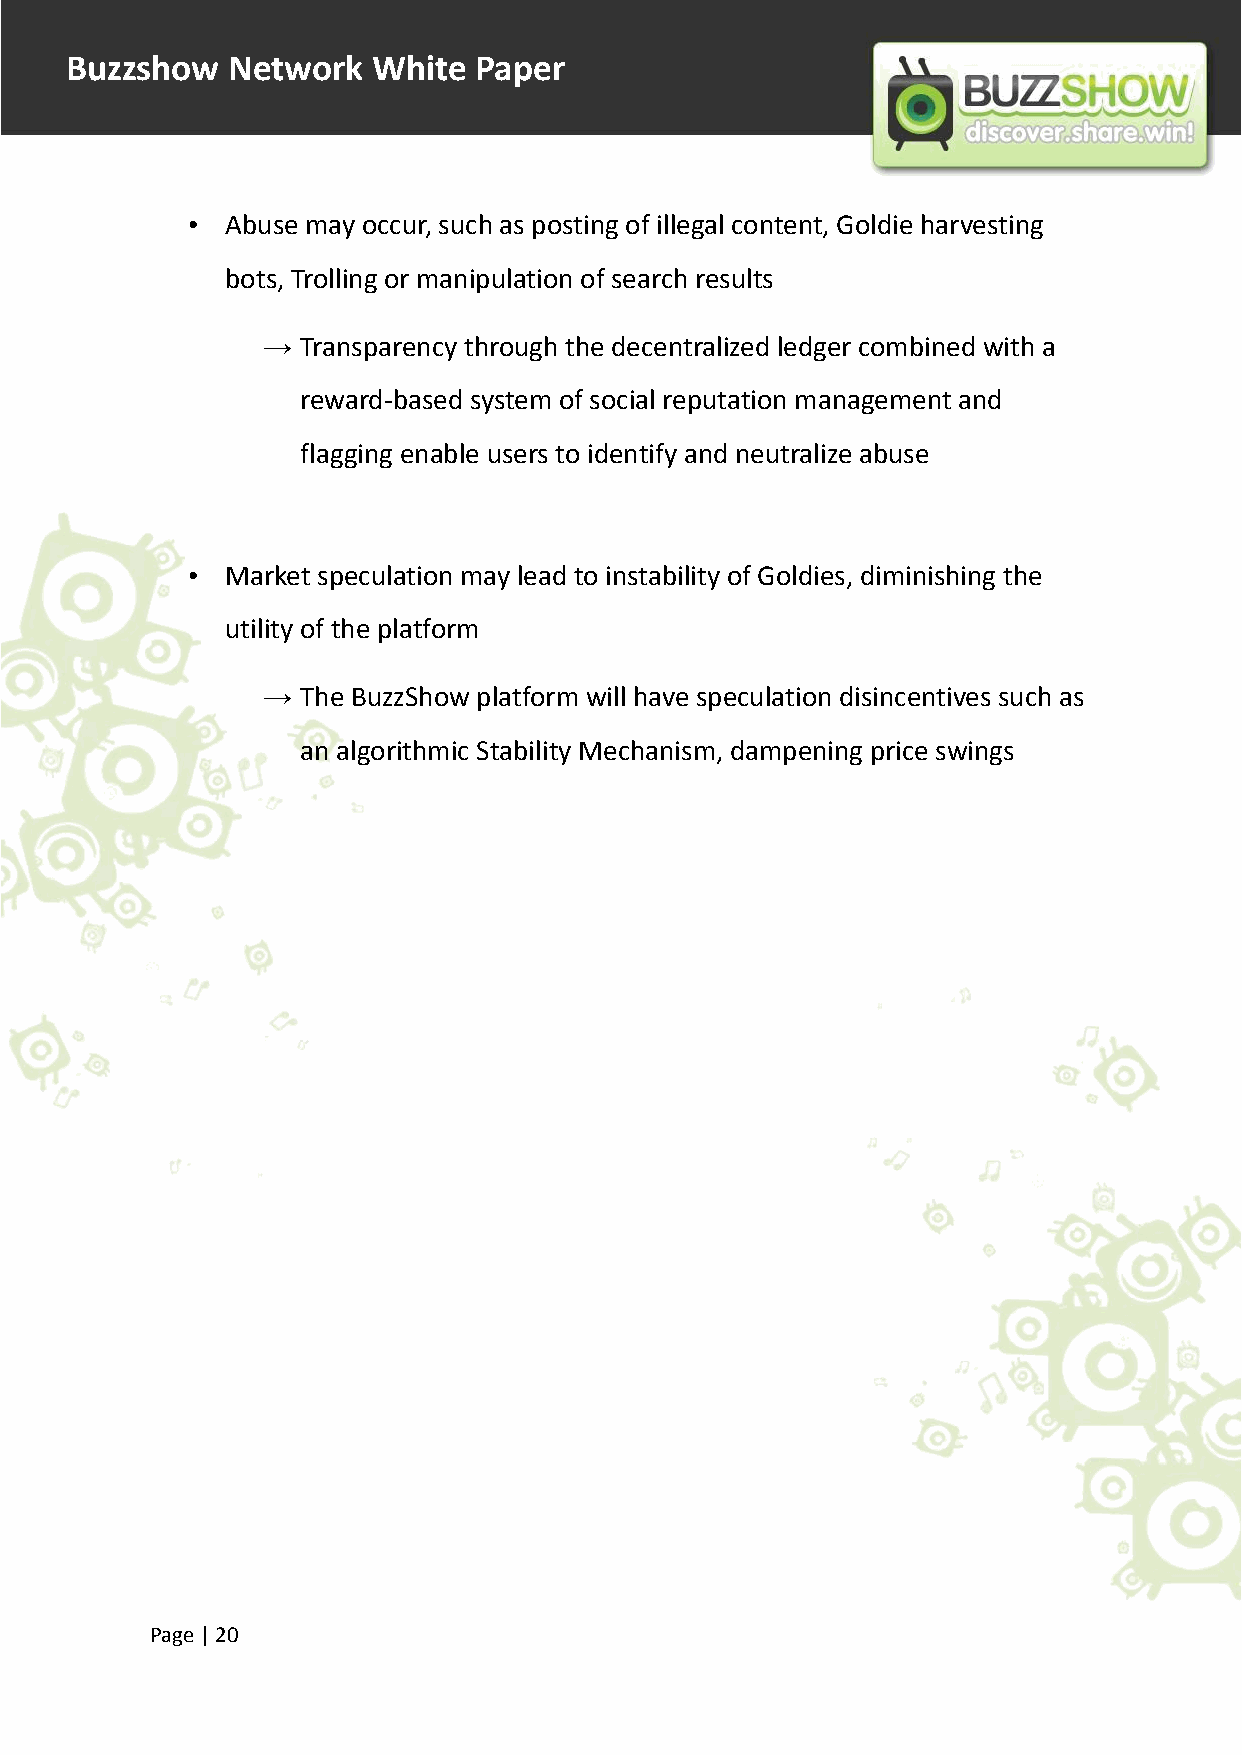
Buzzshow   Network   White Paper
 •  Abuse may occur, such as posting of illegal content, Goldie harvesting
 bots, Trolling or manipulation of search results
 →  Transparency through the decentralized ledger combined with a
 reward-based system of social reputation management and
 flagging enable users to identify and neutralize abuse
 •  Market speculation may lead to instability of Goldies, diminishing the
 utility of the platform
 →  The BuzzShow platform will have speculation disincentives such as
 an algorithmic Stability Mechanism, dampening price swings
 Page |20